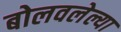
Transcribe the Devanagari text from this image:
बोलवलेल्या